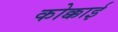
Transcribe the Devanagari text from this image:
कोक्काई